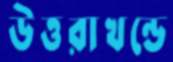
উত্তরাখন্ডে